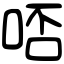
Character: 𠳝